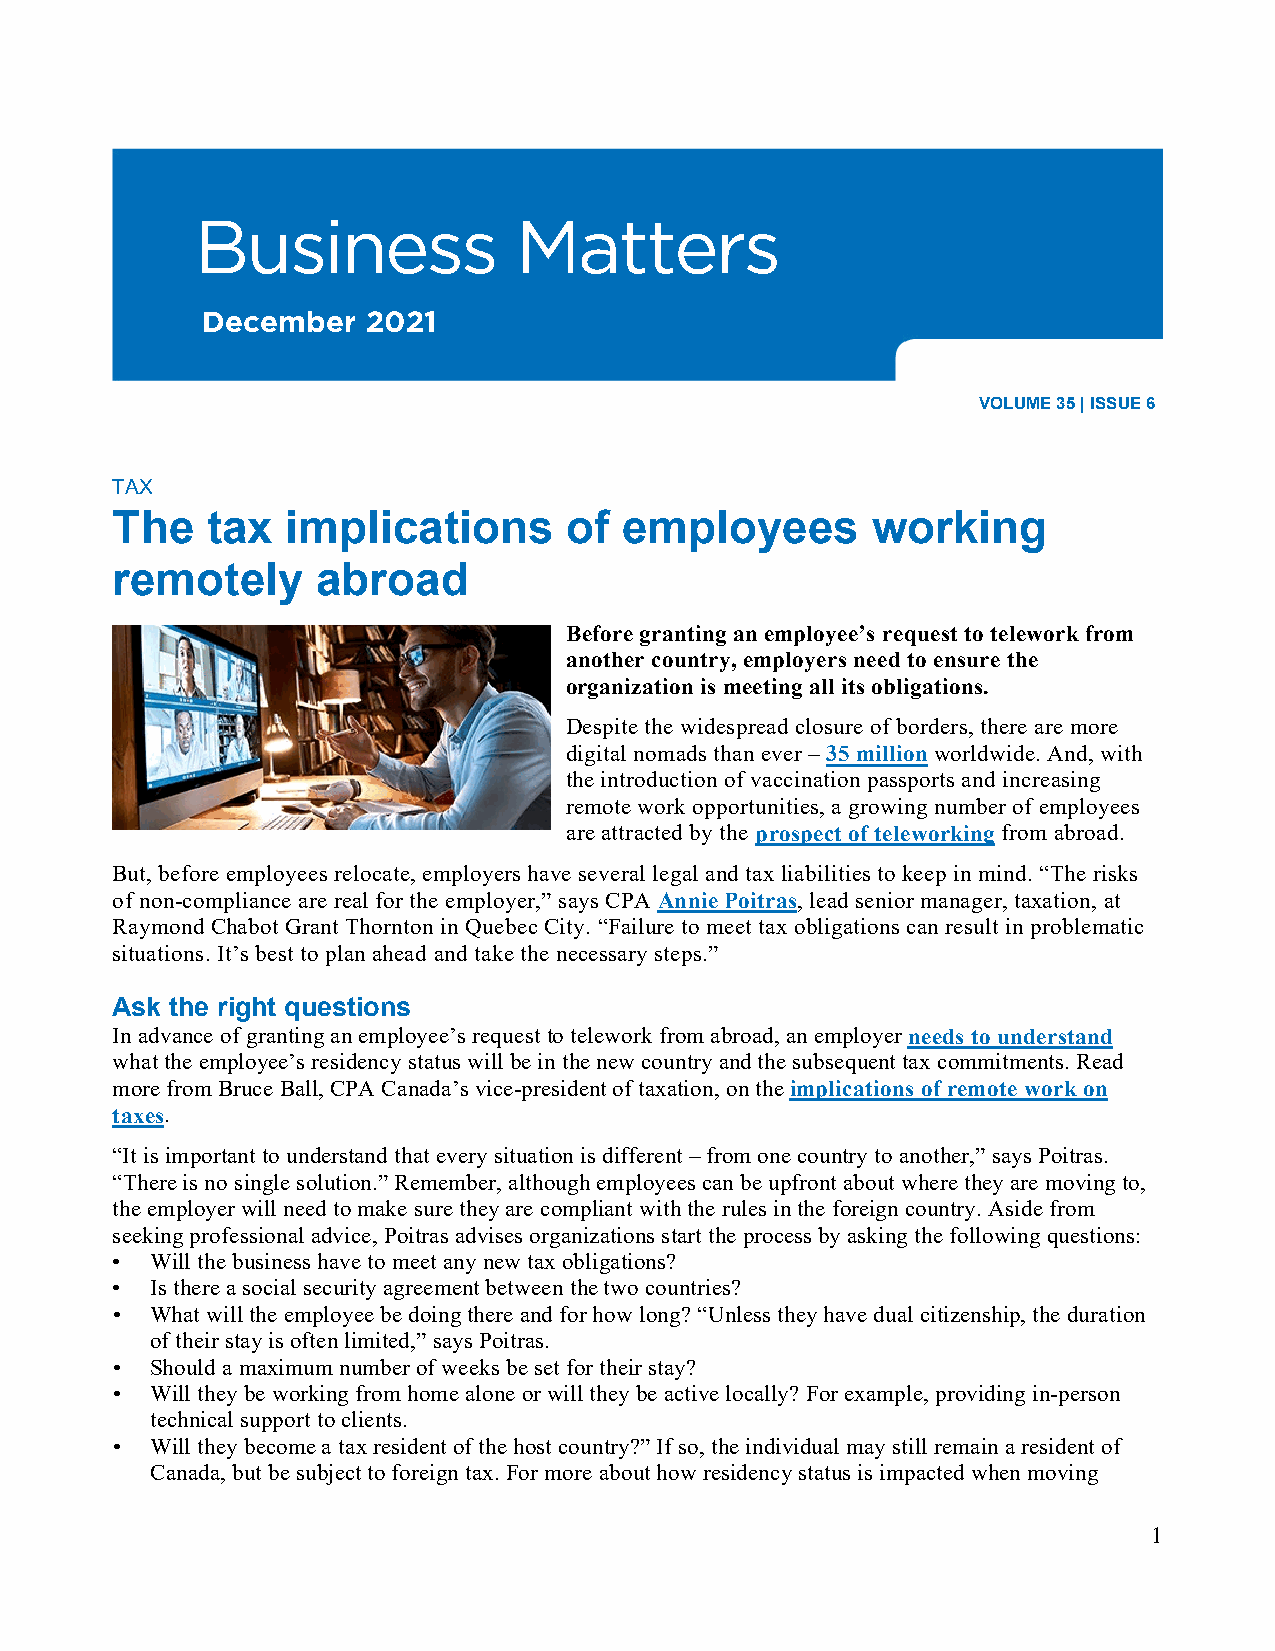
Business             Matters
 December   2021
 VOLUME 35 | ISSUE 6
 TAX
 The    tax  implications      of  employees        working
 remotely      abroad
 Before granting an employee’s request to telework from
 another country, employers need to ensure the
 organization is meeting all its obligations.
 Despite the widespread closure of borders, there are more
 digital nomads than ever – 35 million worldwide. And, with
 the introduction of vaccination passports and increasing
 remote work opportunities, a growing number of employees
 are attracted by the prospect of teleworking from abroad.
 But, before employees relocate, employers have several legal and tax liabilities to keep in mind. “The risks
 of non-compliance are real for the employer,” says CPA Annie Poitras, lead senior manager, taxation, at
 Raymond Chabot Grant Thornton in Quebec City. “Failure to meet tax obligations can result in problematic
 situations. It’s best to plan ahead and take the necessary steps.”
 Ask the right questions
 In advance of granting an employee’s request to telework from abroad, an employer needs to understand
 what the employee’s residency status will be in the new country and the subsequent tax commitments. Read
 more from Bruce Ball, CPA Canada’s vice-president of taxation, on the implications of remote work on
 taxes.
 “It is important to understand that every situation is different – from one country to another,” says Poitras.
 “There is no single solution.” Remember, although employees can be upfront about where they are moving to,
 the employer will need to make sure they are compliant with the rules in the foreign country. Aside from
 seeking professional advice, Poitras advises organizations start the process by asking the following questions:
 •  Will the business have to meet any new tax obligations?
 •  Is there a social security agreement between the two countries?
 •  What will the employee be doing there and for how long? “Unless they have dual citizenship, the duration
 of their stay is often limited,” says Poitras.
 •  Should a maximum number of weeks be set for their stay?
 •  Will they be working from home alone or will they be active locally? For example, providing in-person
 technical support to clients.
 •  Will they become a tax resident of the host country?” If so, the individual may still remain a resident of
 Canada, but be subject to foreign tax. For more about how residency status is impacted when moving
 1